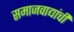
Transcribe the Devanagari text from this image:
समाजवाद्यांची